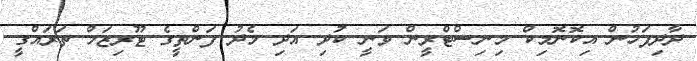
ދާދިފަހުން އިކޮނޮމިކް މިނިސްޓްރީން ވަނީ ކުދި އަދި މެދު ފަންތީގެ ޓޫރިޒަމް ތަރައްގީ